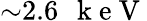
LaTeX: {\sim}2.6\mathrm{~\, ~k~e~V~}